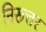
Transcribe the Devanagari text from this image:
निरूत्तर